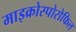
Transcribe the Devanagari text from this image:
माइक्रोस्पोरोफिल